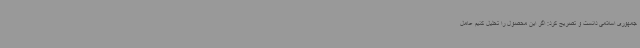
جمهوری اسلامی دانست و تصریح کرد: اگر این محصول را تحلیل کنیم عامل